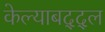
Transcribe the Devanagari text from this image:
केल्याबद्द्ल